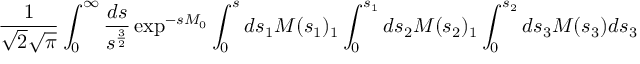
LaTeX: \frac { 1 } { \sqrt { 2 } \sqrt { \pi } } \int _ { 0 } ^ { \infty } \frac { d s } { s ^ { \frac { 3 } { 2 } } } \exp ^ { - s M _ { 0 } } \int _ { 0 } ^ { s } d s _ { 1 } M ( s _ { 1 } ) _ { 1 } \int _ { 0 } ^ { s _ { 1 } } d s _ { 2 } M ( s _ { 2 } ) _ { 1 } \int _ { 0 } ^ { s _ { 2 } } d s _ { 3 } M ( s _ { 3 } ) d s _ { 3 }